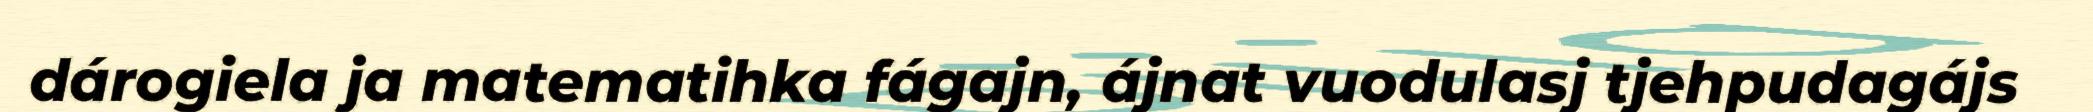
dárogiela ja matematihka fágajn, ájnat vuodulasj tjehpudagájs